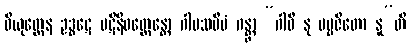
ဝိယုတ္တေန ဥဒ္ဓဋေ ပဋိနိဝတ္တေန္တော ဂါမသမီပံ ဂန္တွာ “ဂါဝီ နု ပဗ္ဗဇိတော နူ”တိ